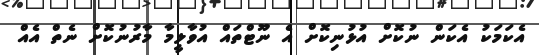
އެކަމަކު އެކަން ނުކޮށް އުޅުނިކޮށް އެ ނޫޓްތައް އުވާލީމާ މާރުނުކޮށް ނެތް އެއް